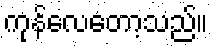
ကုန်လေတော့သည်။